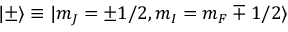
| \pm \rangle \equiv | m _ { J } = \pm 1 / 2 , m _ { I } = m _ { F } \mp 1 / 2 \rangle